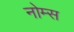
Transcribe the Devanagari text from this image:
नोम्स